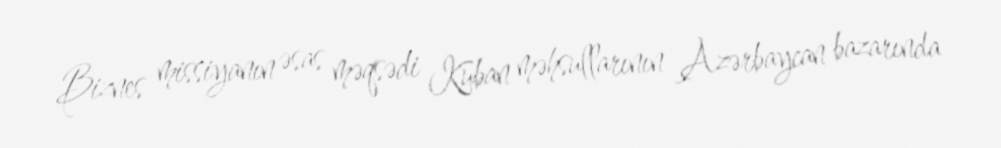
Biznes missiyanın əsas məqsədi Kuban məhsullarının Azərbaycan bazarında